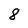
Character: 8